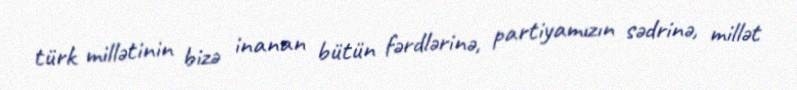
türk millətinin bizə inanan bütün fərdlərinə, partiyamızın sədrinə, millət